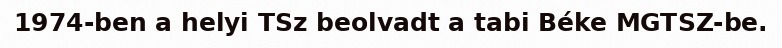
1974-ben a helyi TSz beolvadt a tabi Béke MGTSZ-be.